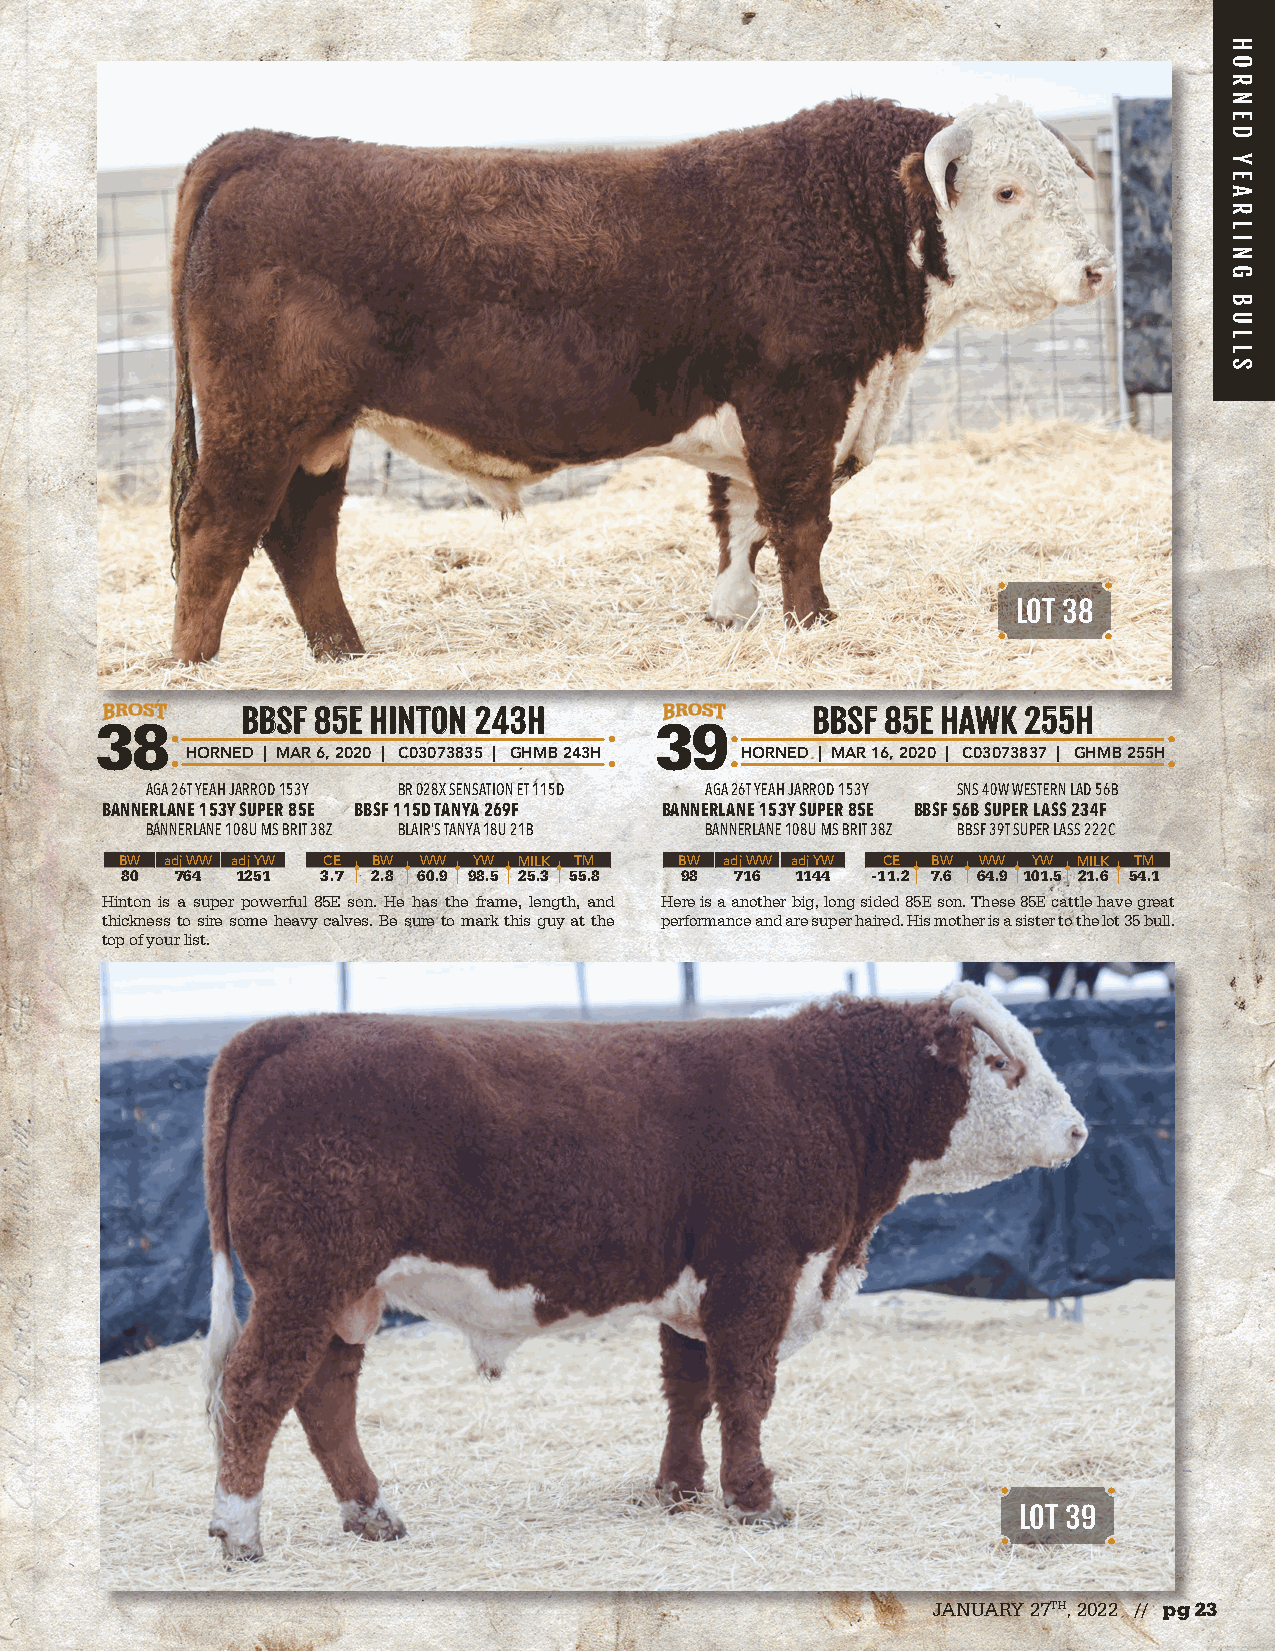
LOT 38
 BBBBSSFF 8855EE HHIINNTTOONN 224433HH BBBBSSFF 8855EE HHAAWWKK 225555HH
 38                                   39
 HORNED | MAR 6, 2020 | C03073835 | GHMB 243H HORNED | MAR 16, 2020 | C03073837 | GHMB 255H
 AGA 26T YEAH JARROD 153Y BR 028X SENSATION ET 115D AGA 26T YEAH JARROD 153Y SNS 40W WESTERN LAD 56B
 BANNERLANE 153Y SUPER 85E BBSF 115D TANYA 269F BANNERLANE 153Y SUPER 85E BBSF 56B SUPER LASS 234F
 BANNERLANE 108U MS BRIT 38Z BLAIR’S TANYA 18U 21B BANNERLANE 108U MS BRIT 38Z BBSF 39T SUPER LASS 222C
 BW adj WW adj YW CE BW WW YW MILK TM BW adj WW adj YW CE BW WW YW MILK TM
 80  764 1251 3.7 2.8 60.9 98.5 25.3 55.8 98 716 1144 -11.2 7.6 64.9 101.5 21.6 54.1
 Hinton is a super powerful 85E son. He has the frame, length, and Here is a another big, long sided 85E son. These 85E cattle have great
 thickness to sire some heavy calves. Be sure to mark this guy at the performance and are super haired. His mother is a sister to the lot 35 bull.
 top of your list.
 LOT 39
 JANUARY 27TH, 2022 // pg 23
 HORNED
 YEARLING
 BULLS